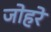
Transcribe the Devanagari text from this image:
जोहरे